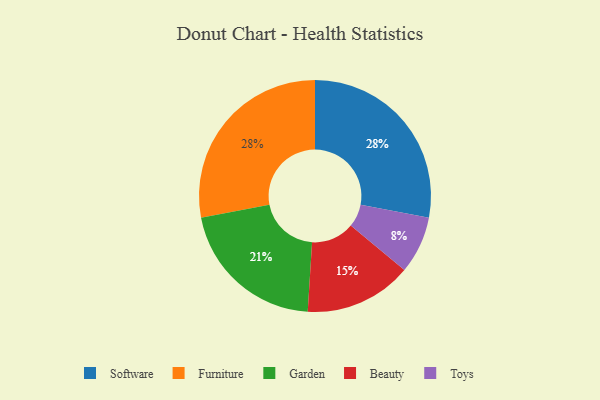
{"axis": {"x": "Category", "y": "Percentage"}, "legend": ["Beauty", "Furniture", "Garden", "Software", "Toys"], "data": [{"x": "Toys", "y": 8, "type": "Toys"}, {"x": "Software", "y": 28, "type": "Software"}, {"x": "Garden", "y": 21, "type": "Garden"}, {"x": "Beauty", "y": 15, "type": "Beauty"}, {"x": "Furniture", "y": 28, "type": "Furniture"}]}